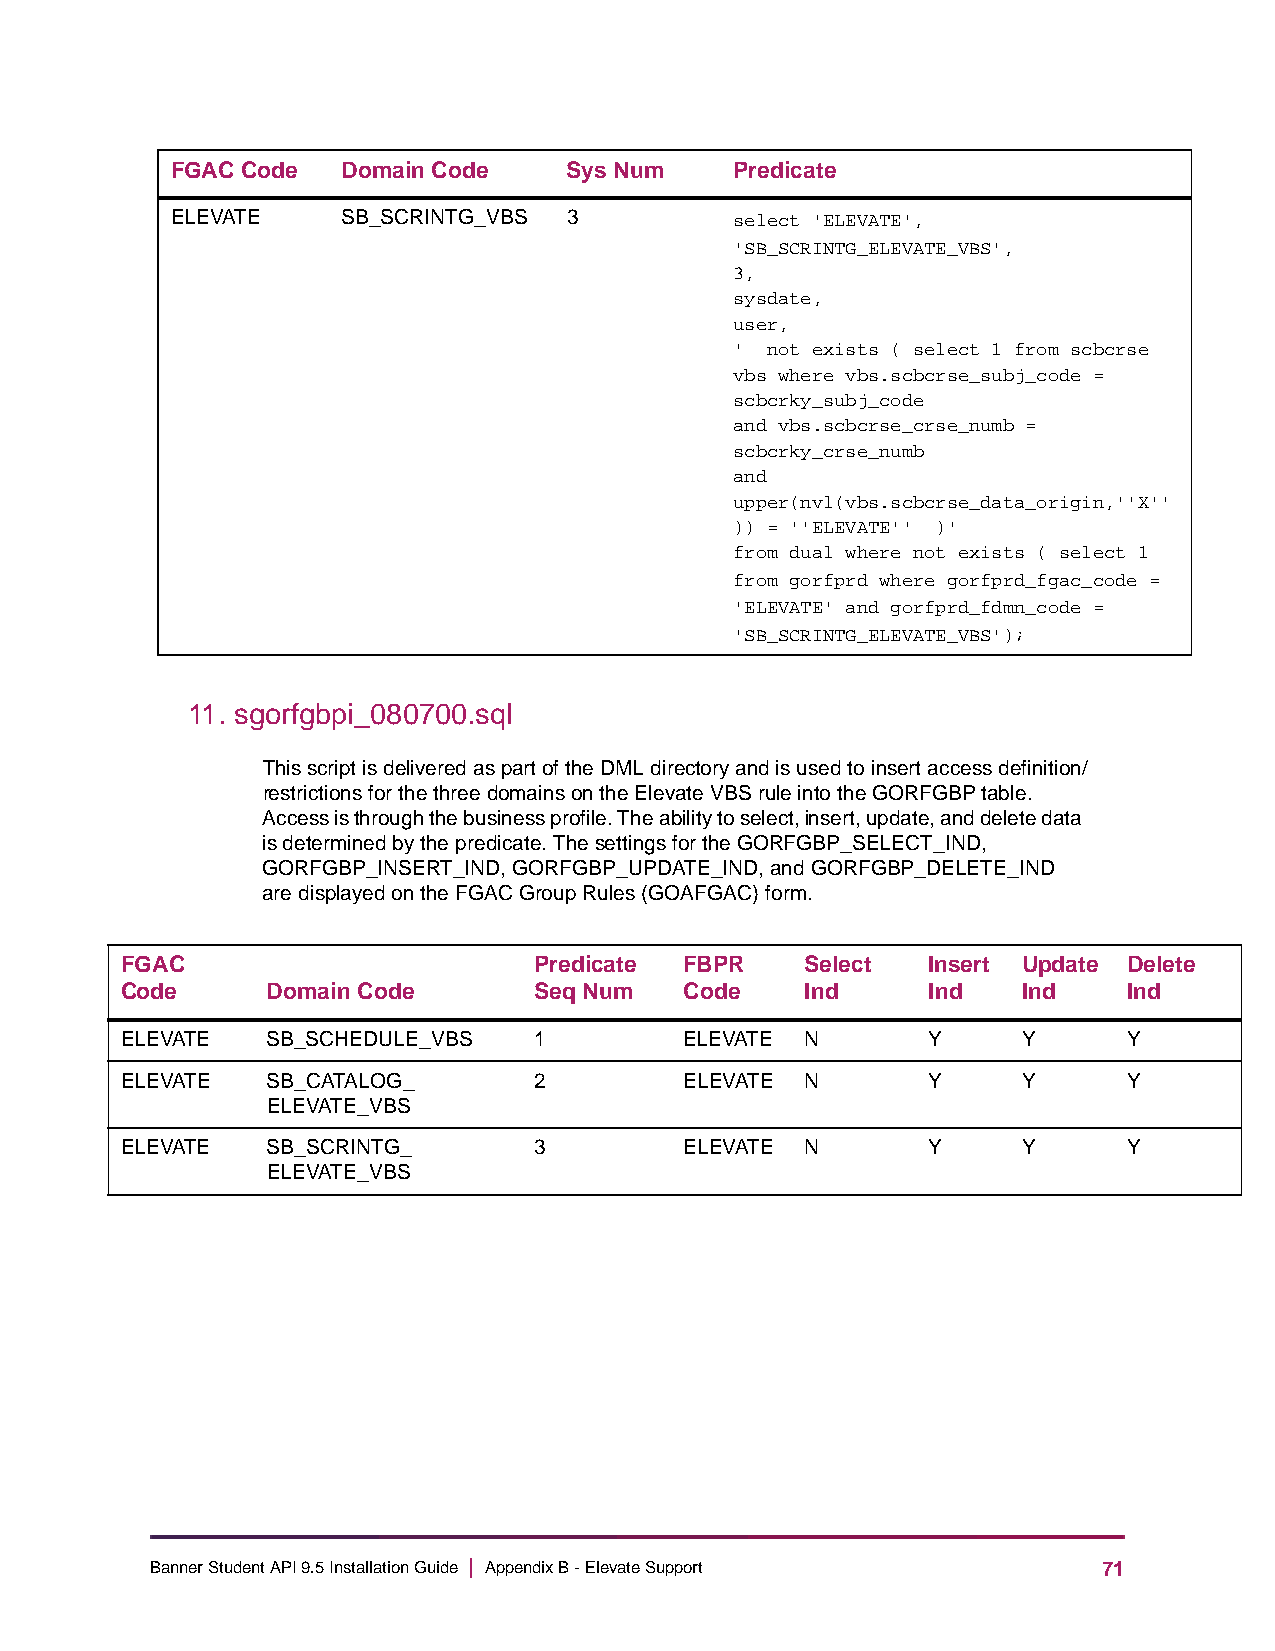
FGAC Code   Domain Code    Sys Num    Predicate
 ELEVATE     SB_SCRINTG_VBS 3          select 'ELEVATE',
 'SB_SCRINTG_ELEVATE_VBS',
 3,
 sysdate,
 user,
 ' not exists ( select 1 from scbcrse
 vbs where vbs.scbcrse_subj_code =
 scbcrky_subj_code
 and vbs.scbcrse_crse_numb =
 scbcrky_crse_numb
 and
 upper(nvl(vbs.scbcrse_data_origin,''X''
 )) = ''ELEVATE'' )'
 from dual where not exists ( select 1
 from gorfprd where gorfprd_fgac_code =
 'ELEVATE' and gorfprd_fdmn_code =
 'SB_SCRINTG_ELEVATE_VBS');
 11. sgorfgbpi_080700.sql
 This script is delivered as part of the DML directory and is used to insert access definition/
 restrictions for the three domains on the Elevate VBS rule into the GORFGBP table.
 Access is through the business profile. The ability to select, insert, update, and delete data
 is determined by the predicate. The settings for the GORFGBP_SELECT_IND,
 GORFGBP_INSERT_IND, GORFGBP_UPDATE_IND, and GORFGBP_DELETE_IND
 are displayed on the FGAC Group Rules (GOAFGAC) form.
 FGAC                       Predicate FBPR    Select  Insert Update Delete
 Code      Domain Code      Seq Num   Code    Ind     Ind    Ind    Ind
 ELEVATE   SB_SCHEDULE_VBS  1         ELEVATE N       Y      Y      Y
 ELEVATE   SB_CATALOG_      2         ELEVATE N       Y      Y      Y
 ELEVATE_VBS
 ELEVATE   SB_SCRINTG_      3         ELEVATE N       Y      Y      Y
 ELEVATE_VBS
 Banner Student API 9.5 Installation Guide | Appendix B - Elevate Support 71